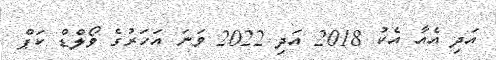
އަދި އެއާ އެކު 2018 އަދި 2022 ވަނަ އަހަރުގެ ވޯލްޑް ކަޕް